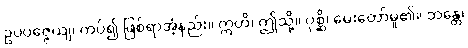
ဥပပဇ္ဇေယျ၊ ကပ်၍ ဖြစ်ရာအံ့နည်း။ ဣတိ၊ ဤသို့။ ပုစ္ဆိ၊ မေးတော်မူ၏။ ဘန္တေ၊